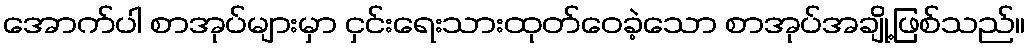
အောက်ပါ စာအုပ်များမှာ ငှင်းရေးသားထုတ်ဝေခဲ့သော စာအုပ်အချို့ဖြစ်သည်။